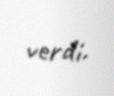
verdi.